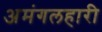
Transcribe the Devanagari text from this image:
अमंगलहारी